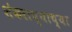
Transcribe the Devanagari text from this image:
शंकराच्याच्या